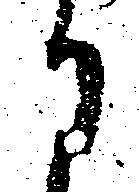
に